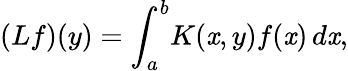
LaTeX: (Lf)(y)=\int_{a}^{b}\! K(\mathit{x},y)f(\mathit{x})\, d\mathit{x},